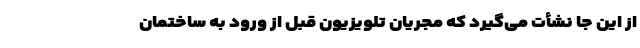
از این جا نشأت می‌گیرد که مجریان تلویزیون قبل از ورود به ساختمان